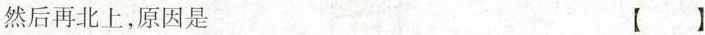
然后再北上，原因是 【 】